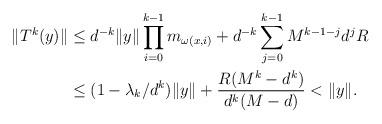
LaTeX: \begin{align*} \Vert T^k(y) \Vert &\leq d^{-k} \Vert y \Vert \prod_{i=0}^{k-1} m_{\omega(x,i)} + d^{-k} \sum_{j=0}^{k-1} M^{k-1-j} d^j R \\ &\leq (1 - \lambda_k/d^k) \Vert y \Vert + \frac{R(M^k-d^k)}{d^k(M-d)} < \Vert y \Vert. \end{align*}